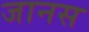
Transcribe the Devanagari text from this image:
जानस